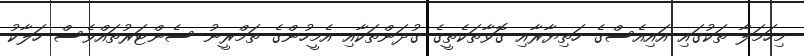
މިހަމަލާ ތަކުގައި އައިއެސްގެ ހަތިޔާރާއި ގޮވާތަކެތީގެ ގުދަންތަކާއި އެމީހުންގެ ތަމްރީނު ސެންޓަރުތައްވެސް ހަލާކު